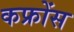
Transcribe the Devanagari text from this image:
कफ्रोंस